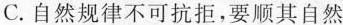
C.自然规律不可抗拒，要顺其自然